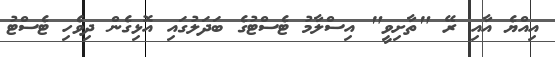
އިއްޔެ އާއި ރޭ "ތާށިވީ" އިސްލާމު ޓެސްޓުގެ ބަދަލުގައި އޮޅިގެން ދިވެހި ޓެސްޓު